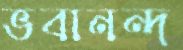
ভবানন্দ